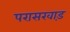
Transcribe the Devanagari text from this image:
परासखाड़